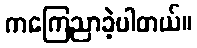
ကကြေညာခဲ့ပါတယ်။